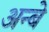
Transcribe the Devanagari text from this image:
अन्बे